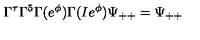
\Gamma ^ { \tau } \Gamma ^ { 5 } \Gamma ( e ^ { \phi } ) \Gamma ( I e ^ { \phi } ) \Psi _ { + + } = \Psi _ { + + }